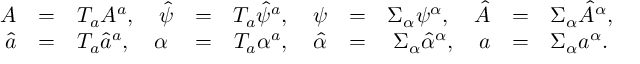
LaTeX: \begin{array} { r c l r c l r c l r c l } { { A } } & { { = } } & { { T _ { a } A ^ { a } , \quad \hat { \psi } } } & { { = } } & { { T _ { a } \hat { \psi } ^ { a } , \quad \psi } } & { { = } } & { { \Sigma _ { \alpha } \psi ^ { \alpha } , \quad \hat { A } } } & { { = } } & { { \Sigma _ { \alpha } \hat { A } ^ { \alpha } , } } \\ { { \hat { a } } } & { { = } } & { { T _ { a } \hat { a } ^ { a } , \quad \alpha } } & { { = } } & { { T _ { a } \alpha ^ { a } , \quad \hat { \alpha } } } & { { = } } & { { \Sigma _ { \alpha } \hat { \alpha } ^ { \alpha } , \quad a } } & { { = } } & { { \Sigma _ { \alpha } a ^ { \alpha } . } } \end{array}